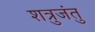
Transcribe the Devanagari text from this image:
शत्रुजंतु